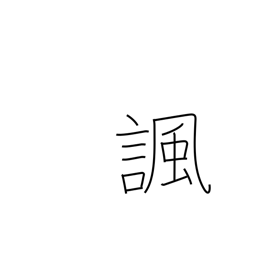
Meaning: satirize